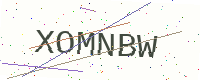
Text: XOMNBW